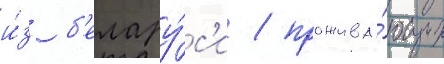
и́з б'елару́с'и / прожива́ющих